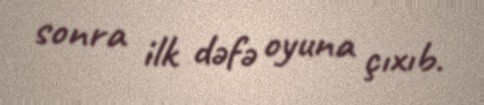
sonra ilk dəfə oyuna çıxıb.